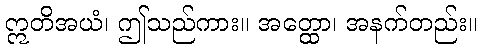
ဣတိအယံ၊ ဤသည်ကား။ အတ္ထော၊ အနက်တည်း။